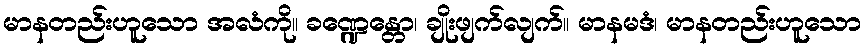
မာနတည်းဟူသော အလံကို။ ခဏ္ဍေန္တော၊ ချိုးဖျက်လျက်။ မာနမဒံ၊ မာနတည်းဟူသော